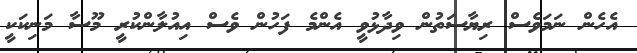
އެހެން ނަމަވެސް ރިޔާސަތުން ވިދާޅުވީ އެންމެ ފަހުން ވެސް އިއުލާންކުރީ މޫސާ މަނިކަކީ